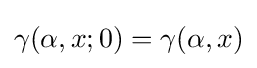
\gamma (\alpha ,x;0)=\gamma (\alpha ,x)